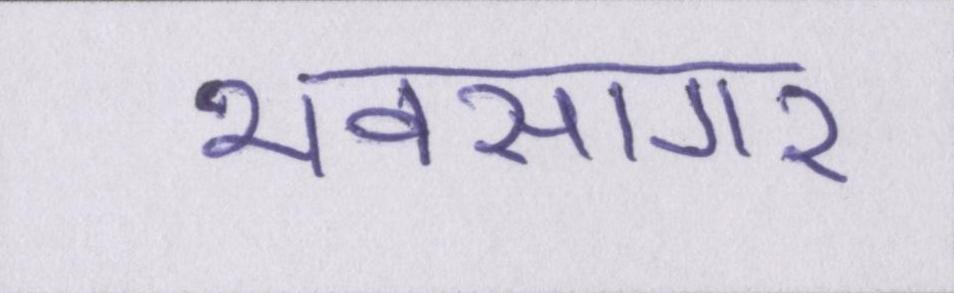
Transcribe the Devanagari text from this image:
भवसागर